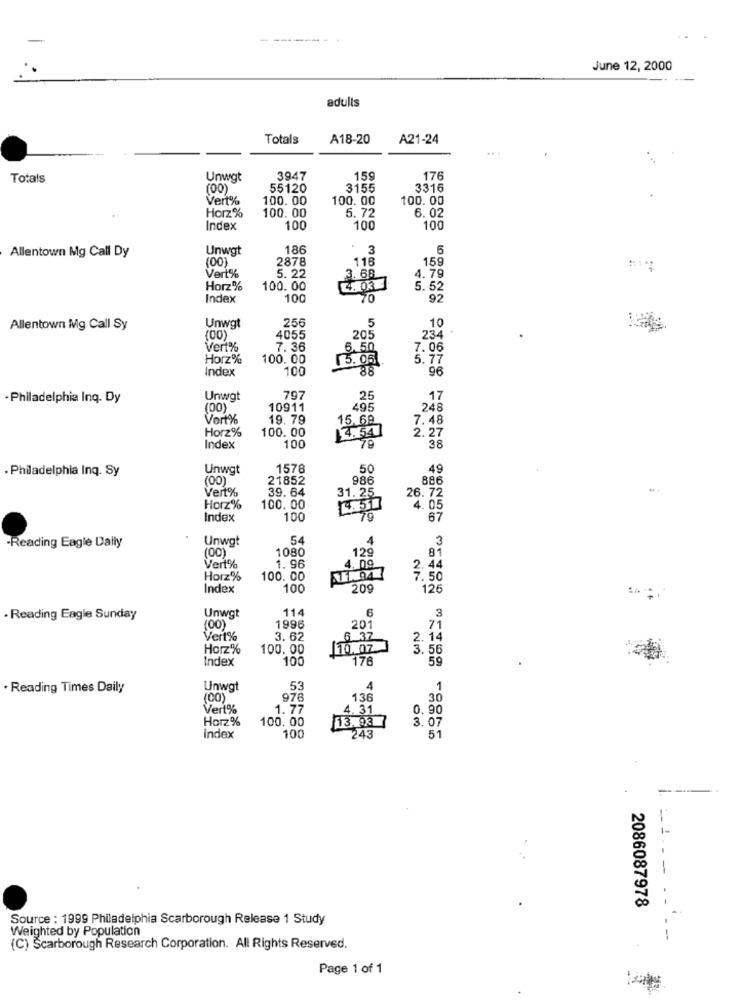
-- -
June 12, 2000
adults
Totals
A18-20
A21-24
Totals
Unwgt
3947
159
176
(00)
55120
3155
3316
Vert%
100.00
100.00
100. 00
6.02
Horz %
100. 00
5.72
Index
100
100
100
Unwgt
186
3
5
Allentown Mg Call Dy
(00)
2878
118
159
Vert%
5. 22
3. 68
4.79
Horz%
100.00
4. 03
5.52
Index
100
70
92
256
5
Allentown Mg Call Sy
Unwgt
205
10
(00)
4055
234
Vert%
7.36
6. 50
7.06
Horz%
100.00
5.051
5.77
Index
100
88
96
-Philadelphia Inq. Dy
Unwgt
797
25
17
(00)
10911
246
Vort%
19. 79
15.69
7.48
Horz%
100.00
100
2.27
Index
38
· Philadelphia Inq. Sy
Unwgt
1578
50
49
(00)
21852
986
886
Vert%
39.64
26.72
31. 25
Horz%
100.00
14.51
4. 05
Index
100
67
-Reading Eagle Daily
Unwgt
54
4
3
1080
129
81
(00)
4. 1
Vert%
1. 96
2.44
Horz%
100. 00
7.50
Index
100
209
126
Unwgt
114
6
Reading Eagle Sunday
3
(00)
1996
201
71
Vert%
3.62
6 37
. 14
Horz%
100.00
10. 07
3.56
Index
100
176
Reading Times Daily
Unwgt
53
4
1
(00)
976
136
30
Vert%
1.77
4. 31
0. 90
Harz%
100. 00
13. 93
3.07
Index
100
243
51
-
-.
= 1. - -
2086087978
Source : 1999 Philadelphia Scarborough Release 1 Study
Weighted by Population
(C) Scarborough Research Corporation. All Rights Reserved.
Page 1 of 1